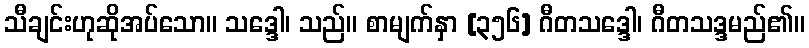
သီချင်းဟုဆိုအပ်သော။ သဒ္ဒေါ၊ သည်။ စာမျက်နှာ [၃၅၆] ဂီတသဒ္ဒေါ၊ ဂီတသဒ္ဒမည်၏။